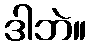
ဒါဘဲ။